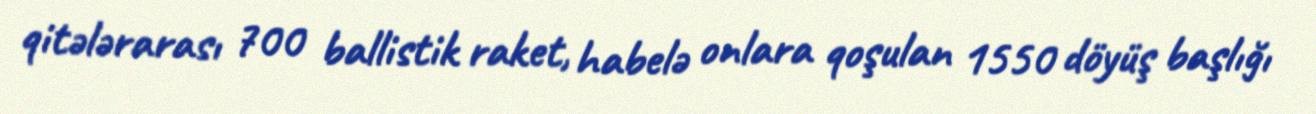
qitələrarası 700 ballistik raket, habelə onlara qoşulan 1550 döyüş başlığı